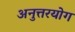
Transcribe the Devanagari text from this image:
अनुत्तरयोग